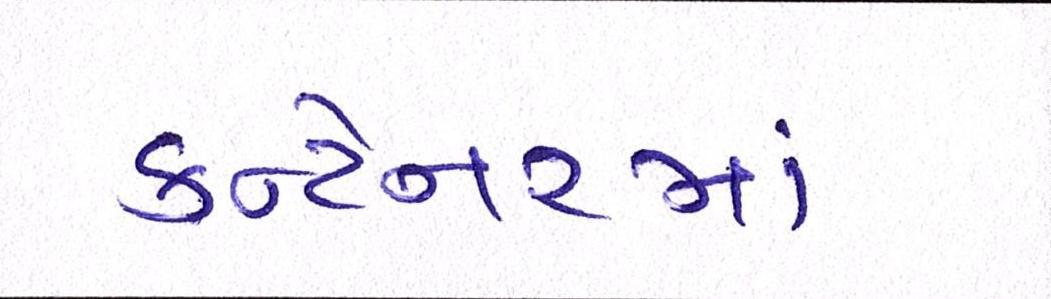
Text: કન્ટેનરમાં